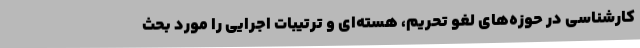
کارشناسی در حوزه‌های لغو تحریم، هسته‌ای و ترتیبات اجرایی را مورد بحث